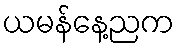
ယမန်နေ့ညက